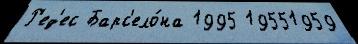
Р'ед'ес Барс'ело́на 1995 19551959